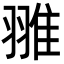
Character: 𦑏